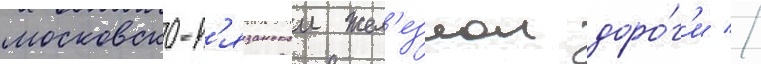
московско-р'язанскои жел'езнои доро́г'и //